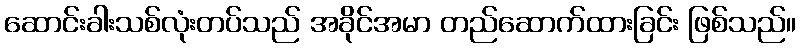
ဆောင်းခါးသစ်လုံးတပ်သည် အခိုင်အမာ တည်ဆောက်ထားခြင်း ဖြစ်သည်။